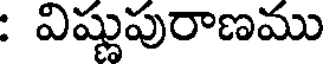
: విష్ణుపురాణము